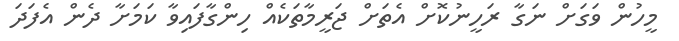
މީހުން ވަގަށް ނަގާ ރަހީނުކޮށް އެތަށް ޖަރީމާތަކެއް ހިންގާފައިވާ ކަމަށާ ދެން އެފަދަ